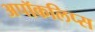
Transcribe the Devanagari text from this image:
अपॉकलिप्स